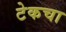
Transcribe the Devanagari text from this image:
टेकचा